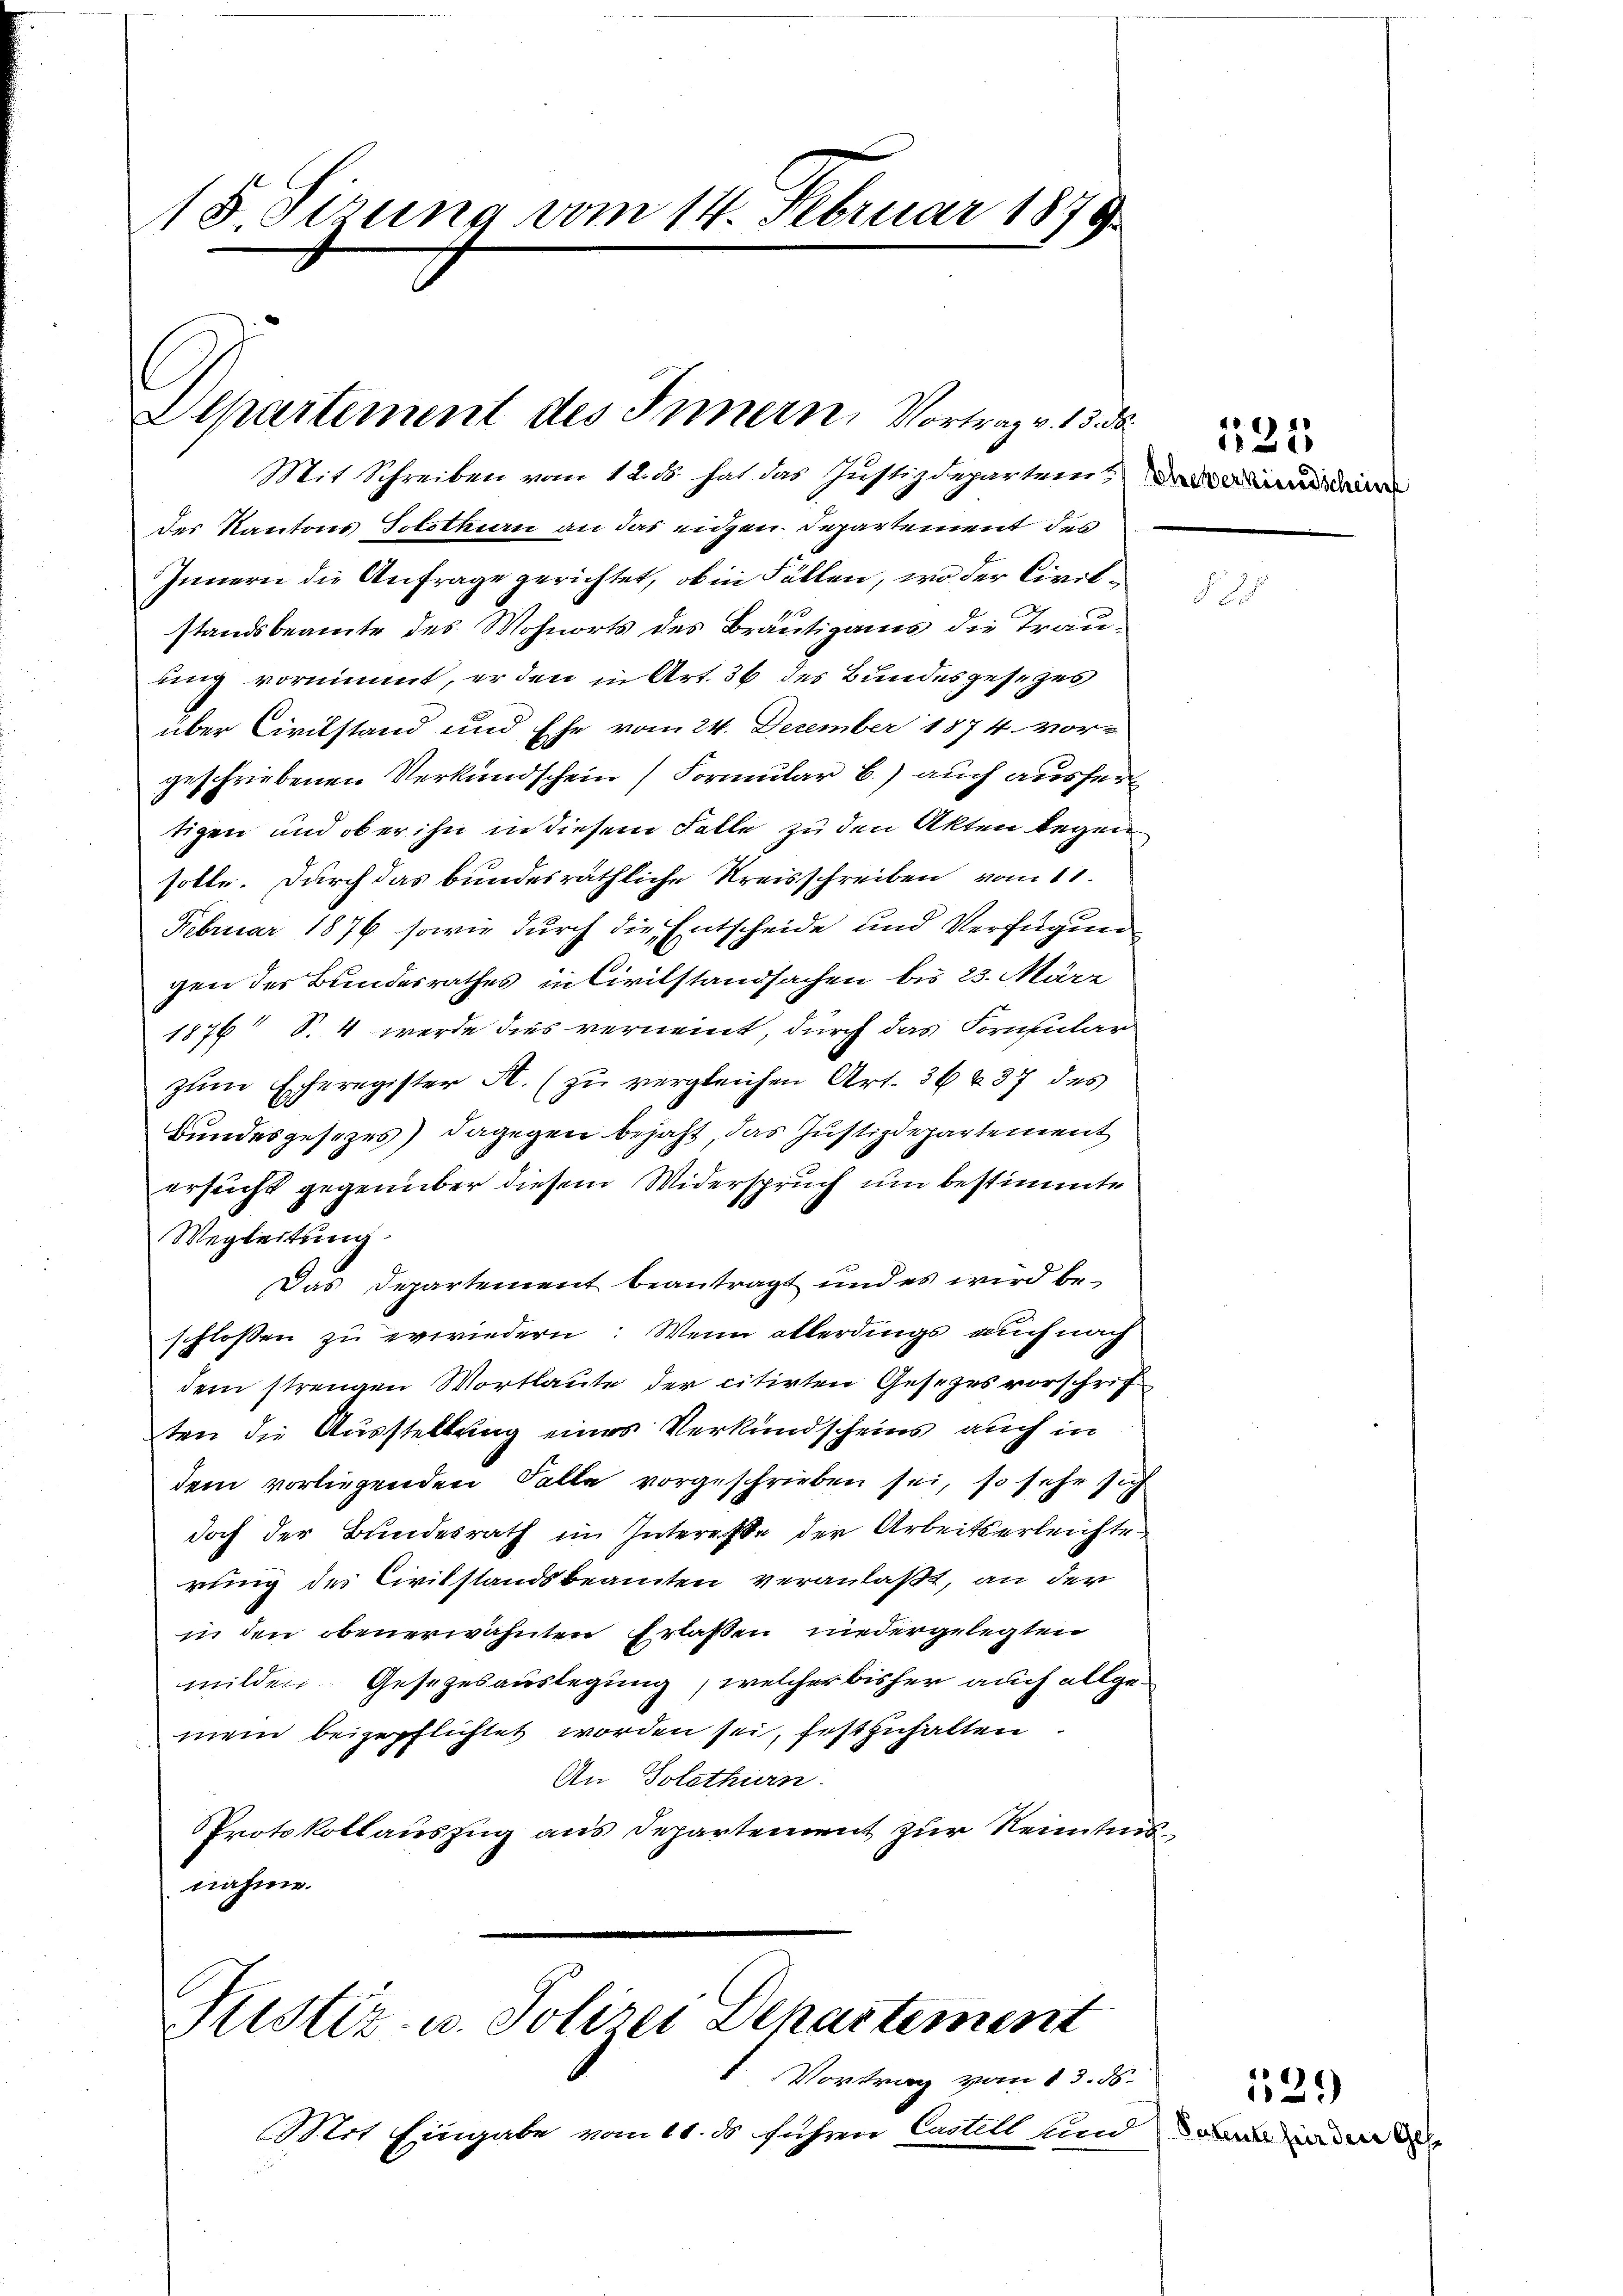
18 Sirung vom 14. Februar 1879.

Departement des Innern, Vortrag v. 15.

Mit Schreiben vom 12. ds. hat das Justizdepartem
des Kantons Solothin an das eidgen. Departement des
Innern die Anfrage gerichtet, ob in Fällen, wo der Civilstandsbeamte des Wohnorts des Bräutigams die Trauung vornimmt, er den in Art. 36 des Bundesgesezes
über Civilstand und Ehe vom 24. Dezember 1874 vor-
geschriebenen Verkundschein Formular b.) auch ausfert
tigen und ob er ihn in diesem Falle zu den Akten Regen
solle. Durch das bundesräthliche Kreisschreiben vom 11.
Februar 1876 sowie durch die Entscheide und Verfügung
gen des Bundesrathes in Civilstandsachen bis 23. März
1876 S. 4 werde dies verneint, durch das Formular
zum Exeregister A. (zu vergleichen Art. 36 § 37 des
Bundesgesezes) dagegen bejaht das Justizdepartement
ersucht gegenüber diesem Widerspruch um bestimmte
Wegleitung
Das Departement beantragt und es wird beschlossen zu erwiedern: Wenn allerdings auch nach
dem strengen Wortlaute der citirten Gesezesvorschrif
ten die Ausstellung eines Verkundscheins auch in
dem vorliegenden Solle vorgeschrieben sei, so sehr sich
doch der Bundesrath im Interesse der Arbeitserleichte
rung des Civilstandsbeamten veranlaßt, an der
in den obenerwähnten Erlassen niedergelegten
milden Gesezesauslegung, welcher bisher auch allgemein beigepflichtet worden sei, festzuhalten.
An Solothurn.
Protokollauszug aus Departement zur Neinten
nahme.

Ristiz- u. Polizei Departement

Vortrag vom 13. 56.
trt Eingabe vom 11. ds führen Castell und d
.

2

22

1529